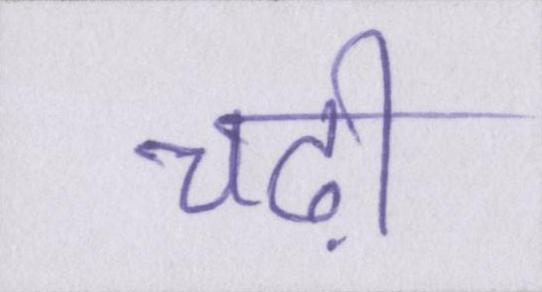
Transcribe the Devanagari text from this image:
चढ़ी